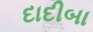
દાદીબા